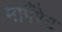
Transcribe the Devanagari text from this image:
मागैंरेट